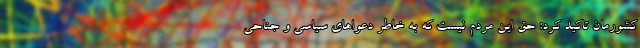
کشورمان تاکید کرد: حق این مردم نیست که به خاطر دعواهای سیاسی و جناحی